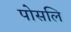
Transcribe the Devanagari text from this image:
पोसलि